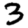
Digit: 3